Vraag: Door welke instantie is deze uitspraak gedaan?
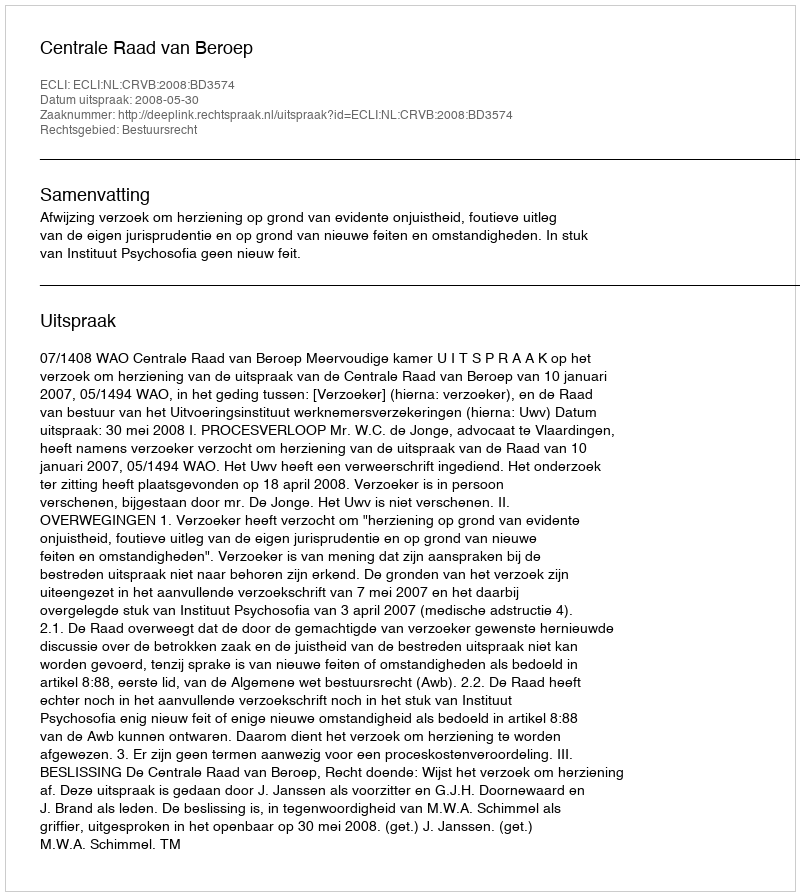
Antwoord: Centrale Raad van Beroep